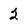
Character: 2